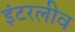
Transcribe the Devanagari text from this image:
इंटरलीव